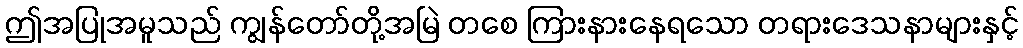
ဤအပြုအမူသည် ကျွန်တော်တို့အမြဲ တစေ ကြားနားနေရသော တရားဒေသနာများနှင့်